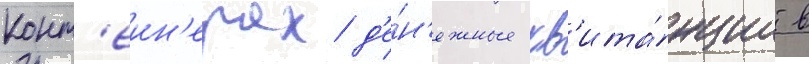
конт'еин'ерах д'е́н'ежные кв'ита́нции в